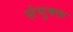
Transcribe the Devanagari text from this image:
संयुक्क्त